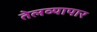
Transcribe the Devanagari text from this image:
तेलव्यापार